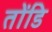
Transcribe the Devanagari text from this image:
तोंडि